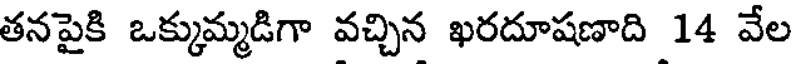
తనపైకి ఒక్కుమ్మడిగా వచ్చిన ఖరదూషణాది 14 వేల